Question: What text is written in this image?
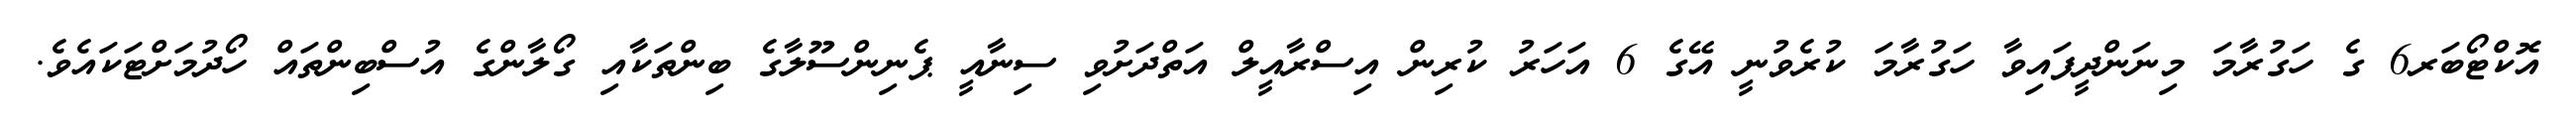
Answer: އޮކްޓޯބަރ6 ގެ ހަގުރާމަ މިނަންދީފައިވާ ހަގުރާމަ ކުރެވުނީ އޭގެ 6 އަހަރު ކުރިން އިސްރާއީލް އަތްދަށުވި ސިނާއީ ޕެނިންސޫލާގެ ބިންތަކާއި ގޯލާންގެ އުސްބިންތައް ހޯދުމަށްޓަކައެވެ.